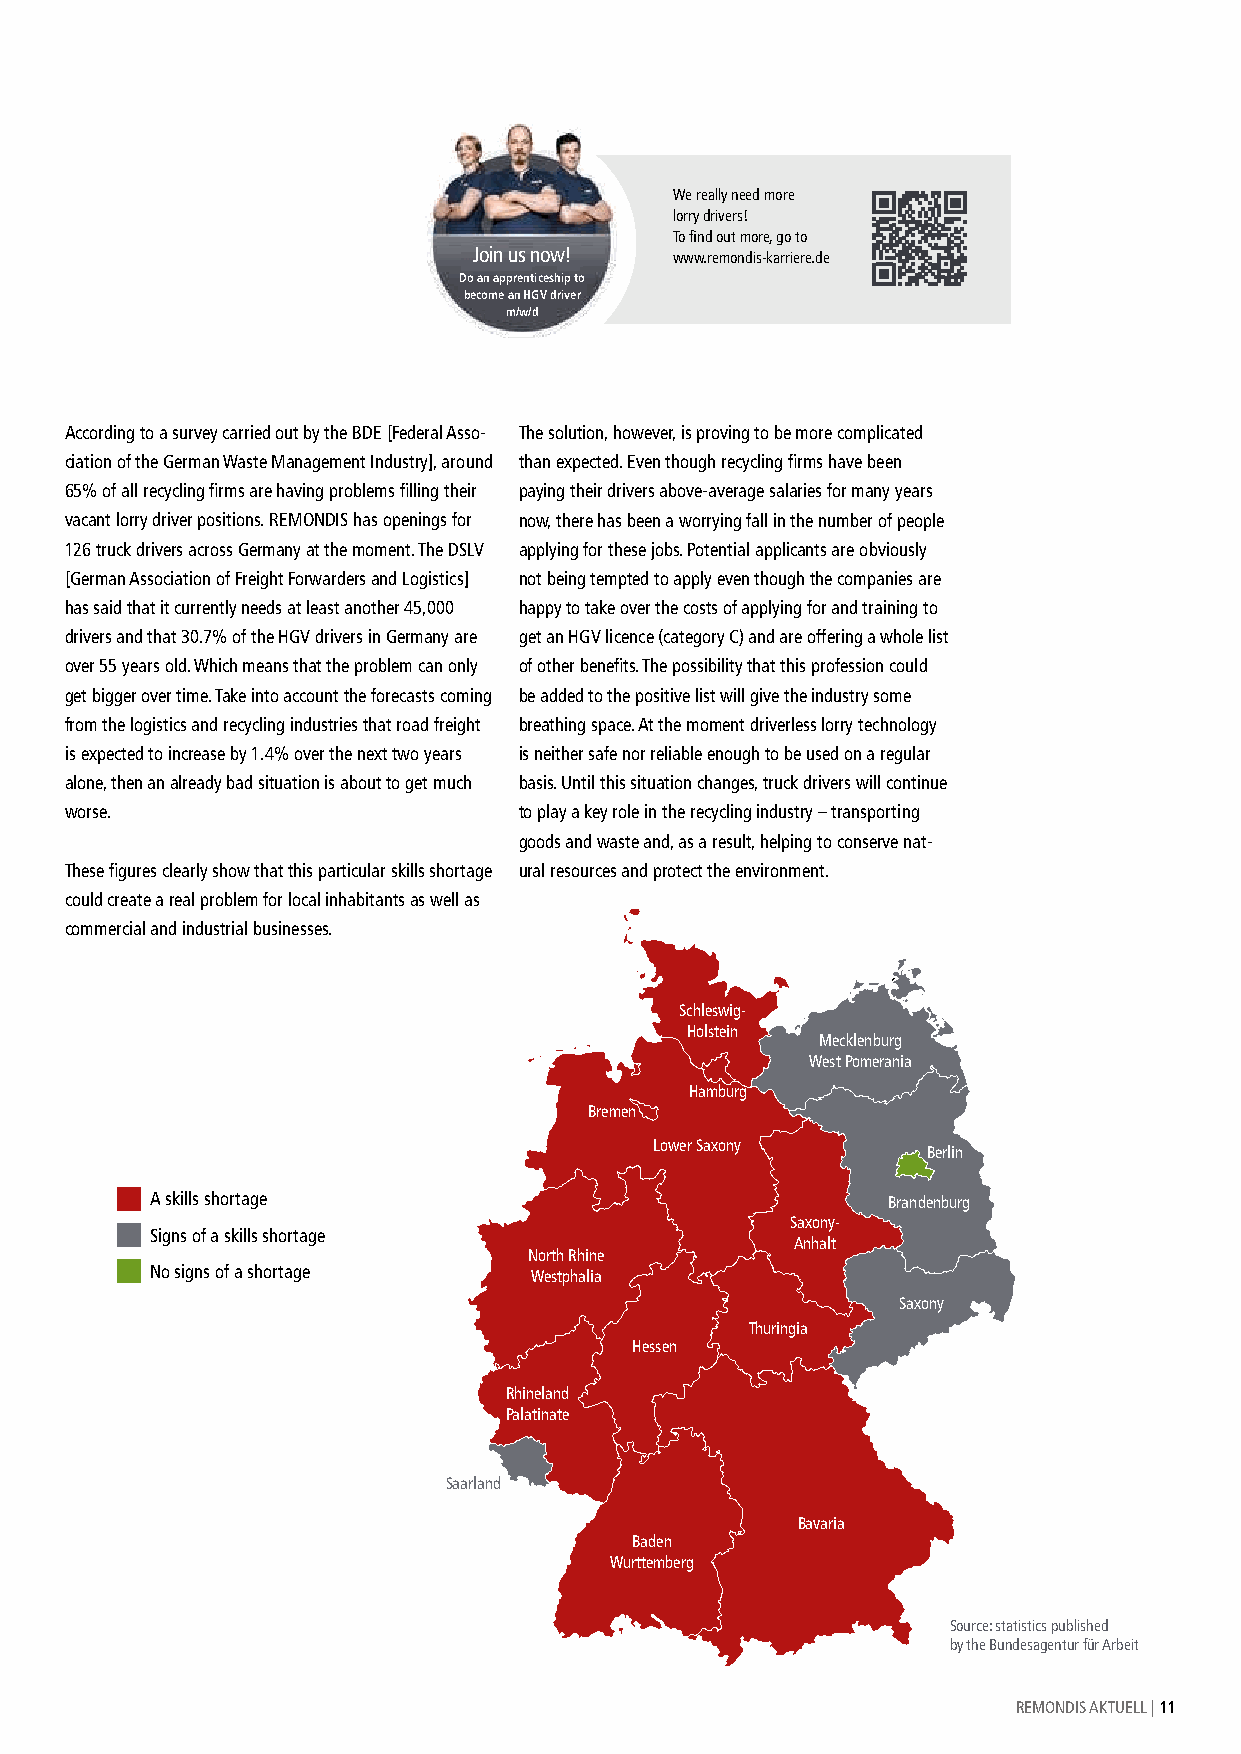
We really need more
 lorry drivers!
 To find out more, go to
 Join us now!  www.remondis-karriere.de
 Do an apprenticeship to
 become an HGV driver
 m/w/d
 According to a survey carried out by the BDE [Federal Asso- The solution, however, is proving to be more complicated
 ciation of the German Waste Management Industry], around than expected. Even though recycling firms have been
 65% of all recycling firms are having problems filling their paying their drivers above-average salaries for many years
 vacant lorry driver positions. REMONDIS has openings for now, there has been a worrying fall in the number of people
 126 truck drivers across Germany at the moment. The DSLV applying for these jobs. Potential applicants are obviously
 [German Association of Freight Forwarders and Logistics] not being tempted to apply even though the companies are
 has said that it currently needs at least another 45,000 happy to take over the costs of applying for and training to
 drivers and that 30.7% of the HGV drivers in Germany are get an HGV licence (category C) and are offering a whole list
 over 55 years old. Which means that the problem can only of other benefits. The possibility that this profession could
 get bigger over time. Take into account the forecasts coming be added to the positive list will give the industry some
 from the logistics and recycling industries that road freight breathing space. At the moment driverless lorry technology
 is expected to increase by 1.4% over the next two years is neither safe nor reliable enough to be used on a regular
 alone, then an already bad situation is about to get much basis. Until this situation changes, truck drivers will continue
 worse.                        to play a key role in the recycling industry – transporting
 goods and waste and, as a result, helping to conserve nat-
 These figures clearly show that this particular skills shortage ural resources and protect the environment.
 could create a real problem for local inhabitants as well as
 commercial and industrial businesses.
 Schleswig-
 Holstein
 Mecklenburg
 West Pomerania
 Hamburg
 Bremen
 Lower Saxony
 Berlin
 A skills shortage                                Brandenburg
 Saxony-
 Signs of a skills shortage
 Anhalt
 North Rhine
 No signs of a shortage   Westphalia
 Saxony
 Thuringia
 Hessen
 Rhineland
 Palatinate
 Saarland
 Bavaria
 Baden
 Wurttemberg
 Source: statistics published
 by the Bundesagentur für Arbeit
 REMONDIS AKTUELL | 11